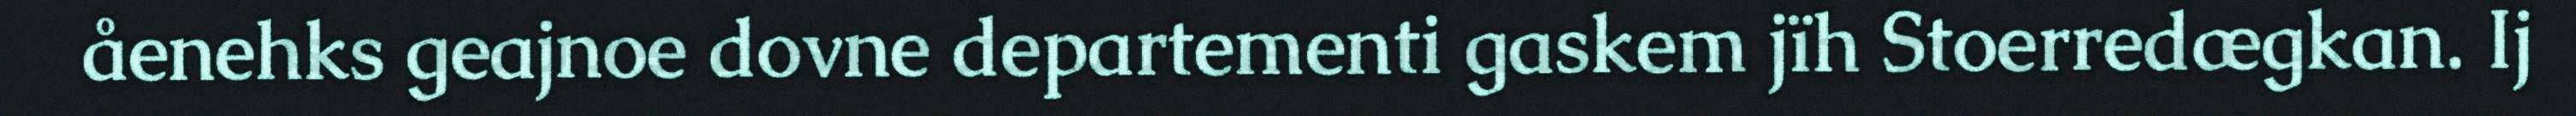
åenehks geajnoe dovne departementi gaskem jïh Stoerredægkan. Ij